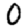
Digit: 0